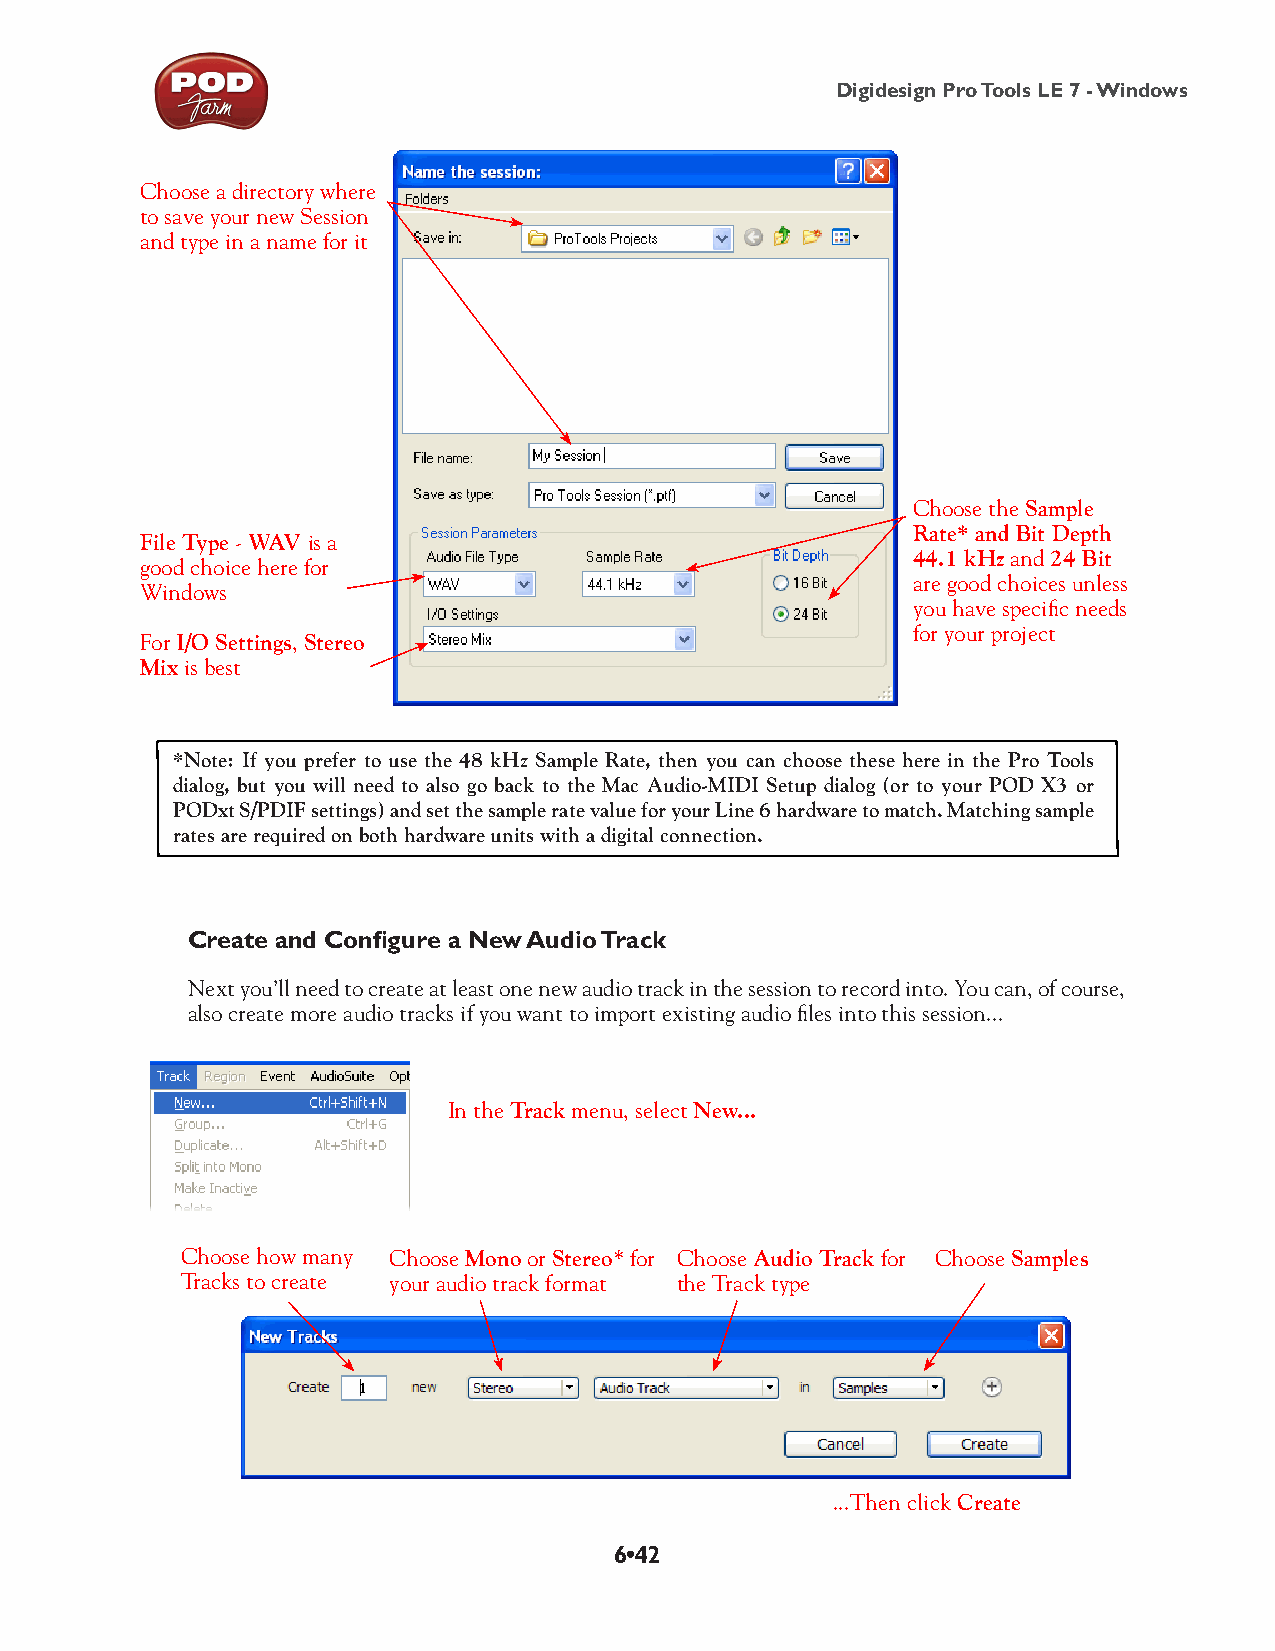
Digidesign Pro Tools LE 7 - Windows
 Choose a directory where
 to save your new Session
 and type in a name for it
 Choose the Sample
 Rate* and Bit Depth
 File Type - WAV is a
 44.1 kHz and 24 Bit
 good choice here for
 are good choices unless
 Windows
 you have specific needs
 for your project
 For I/O Settings, Stereo
 Mix is best
 *Note: If you prefer to use the 48 kHz Sample Rate, then you can choose these here in the Pro Tools
 dialog, but you will need to also go back to the Mac Audio-MIDI Setup dialog (or to your POD X3 or
 PODxt S/PDIF settings) and set the sample rate value for your Line 6 hardware to match. Matching sample
 rates are required on both hardware units with a digital connection.
 Create and Configure a New Audio Track
 Next you’ll need to create at least one new audio track in the session to record into. You can, of course,
 also create more audio tracks if you want to import existing audio files into this session...
 In the Track menu, select New...
 Choose how many Choose Mono or Stereo* for Choose Audio Track for Choose Samples
 Tracks to create your audio track format the Track type
 ...Then click Create
 6•42